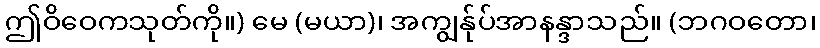
ဤဝိဝေကသုတ်ကို။) မေ (မယာ)၊ အကျွန်ုပ်အာနန္ဒာသည်။ (ဘဂဝတော၊